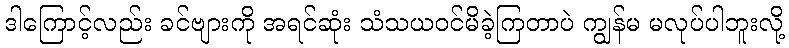
ဒါကြောင့်လည်း ခင်ဗျားကို အရင်ဆုံး သံသယဝင်မိခဲ့ကြတာပဲ ကျွန်မ မလုပ်ပါဘူးလို့